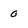
Character: 0